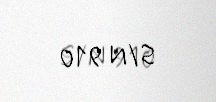
S/N 910